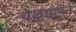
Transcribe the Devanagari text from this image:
चेल्लक्कपन